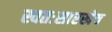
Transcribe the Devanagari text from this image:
स्वतःसारखेच